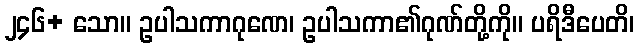
၂၄၆+ သော။ ဥပါသကာဂုဏေ၊ ဥပါသကာ၏ဂုဏ်တို့ကို။ ပရိဒီပေတိ၊